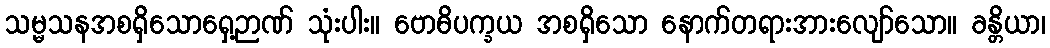
သမ္မသနအစရှိသောရှေ့ဉာဏ် သုံးပါး။ ဗောဓိပက္ခယ အစရှိသော နောက်တရားအားလျော်သော။ ခန္တိယာ၊